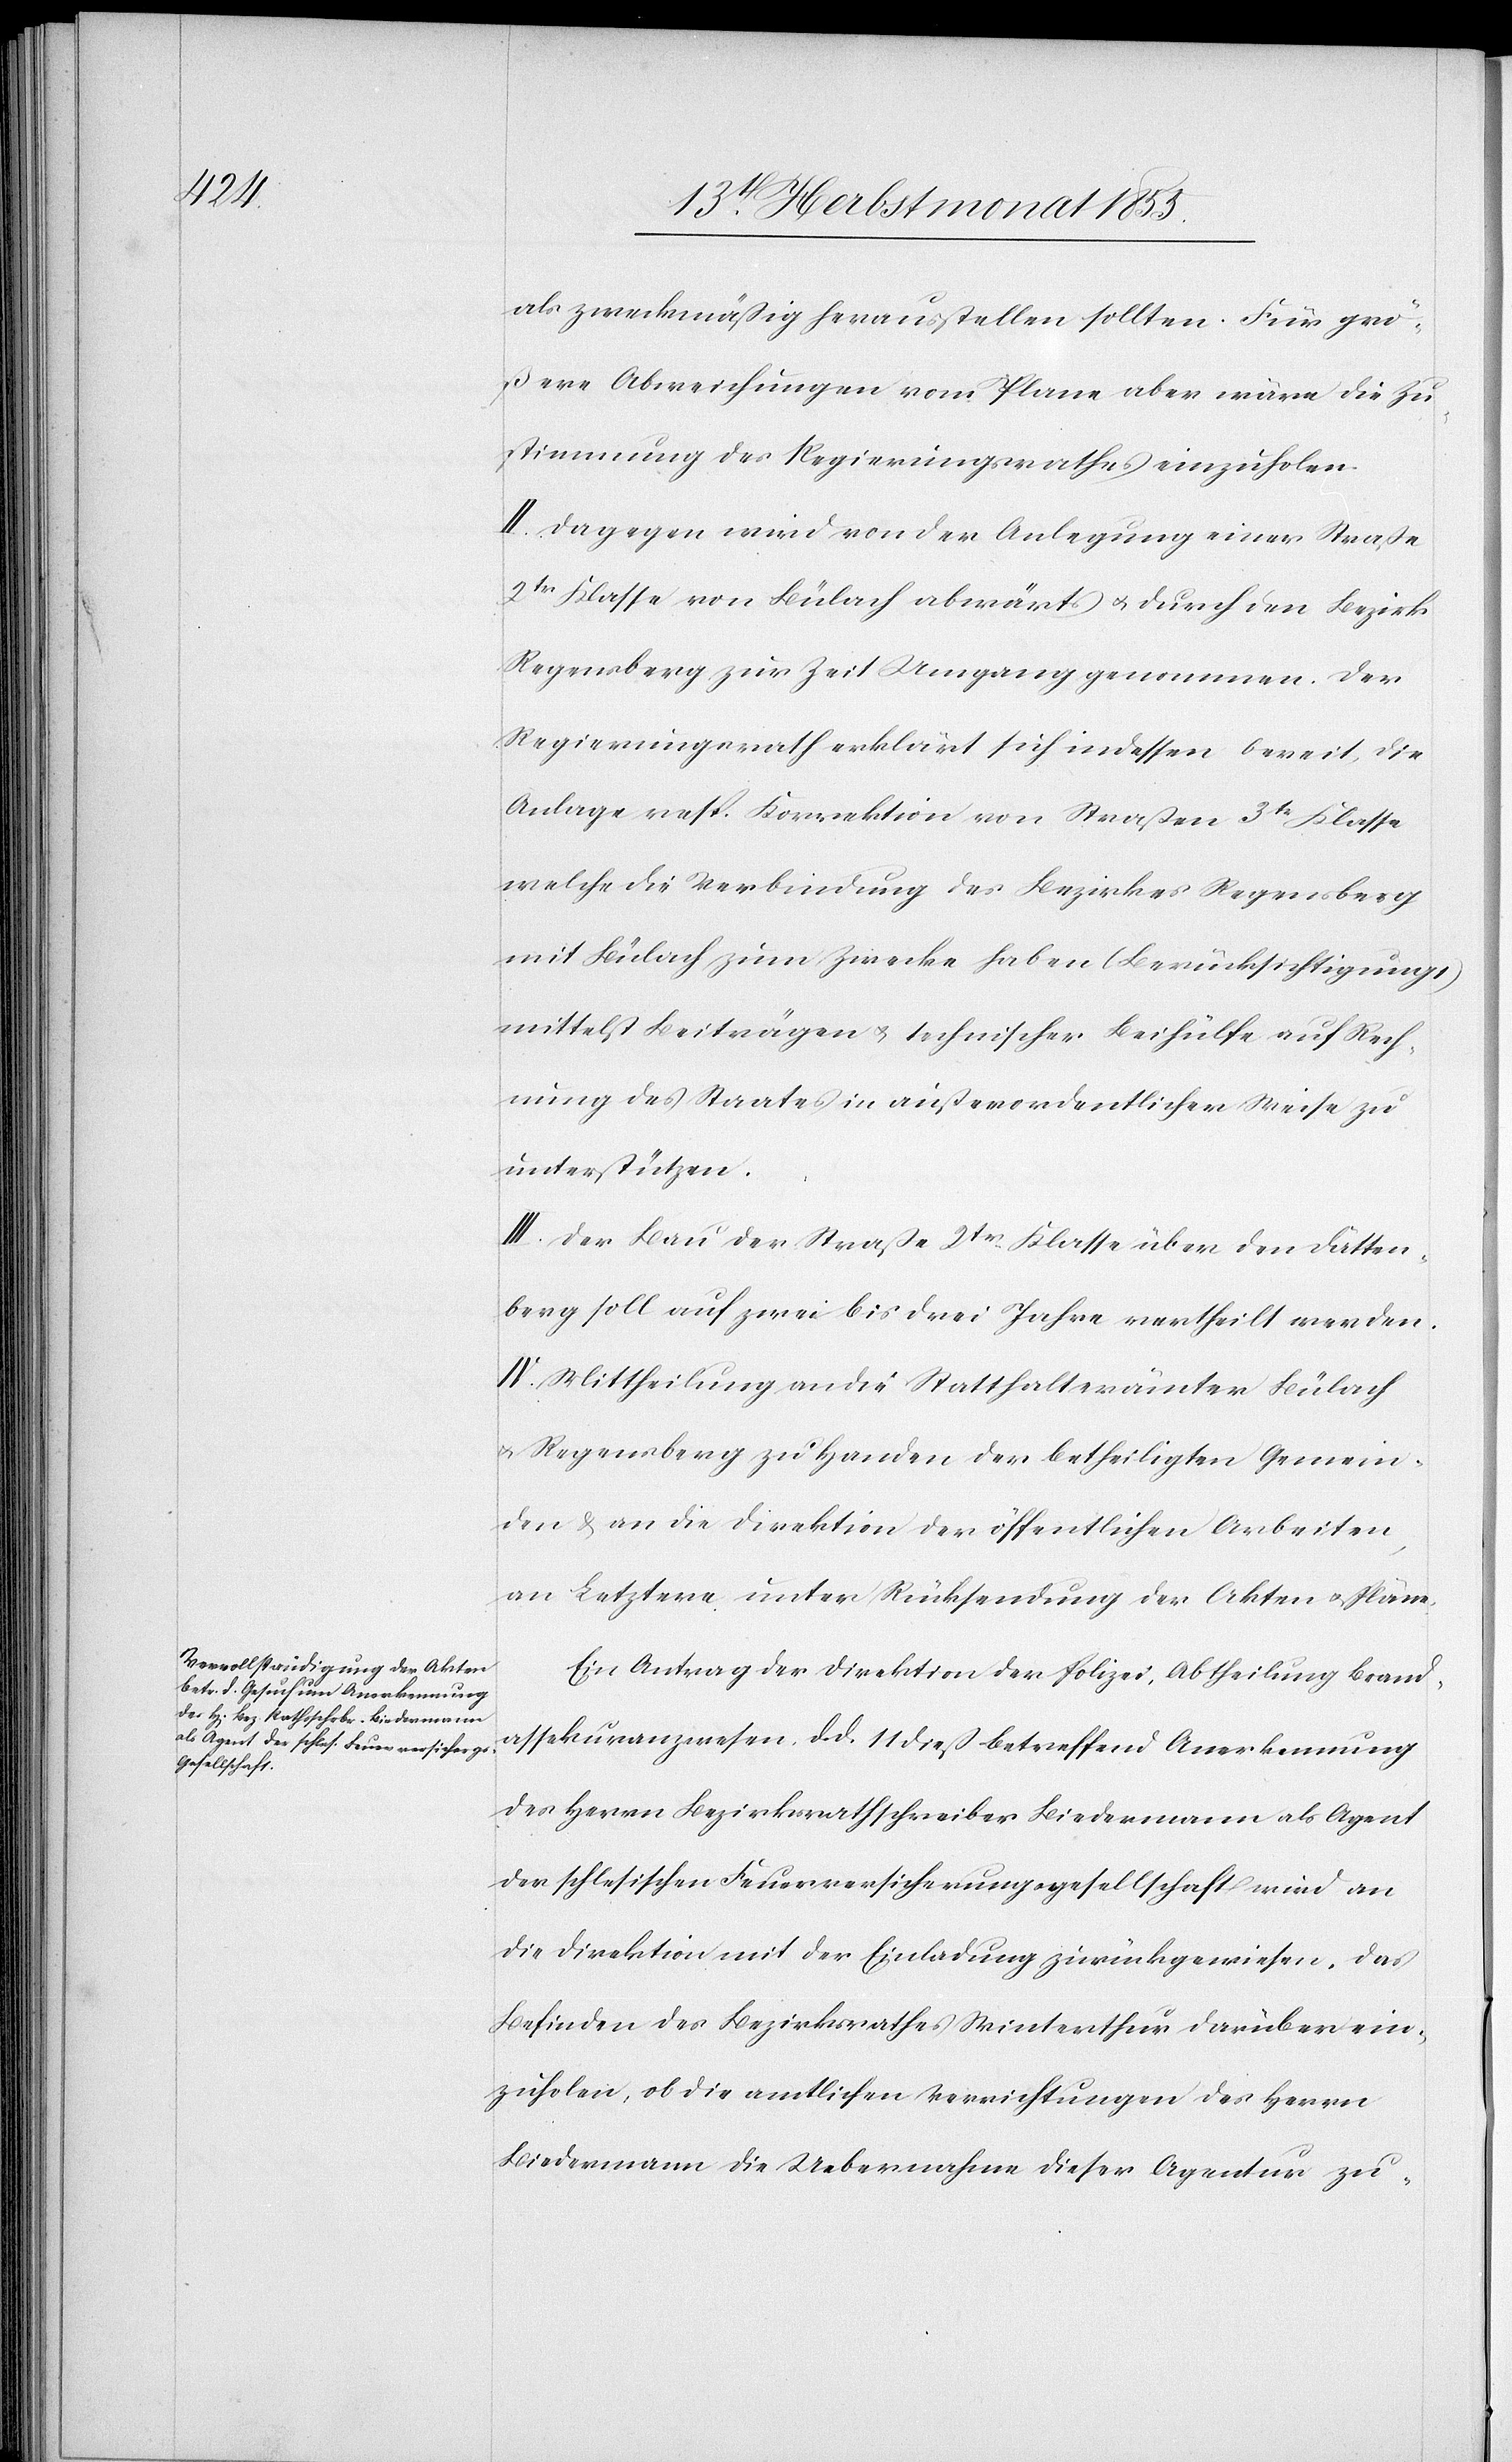
als zweckmäßig herausstellen sollten. Für grö¬
ßere Abweichungen vom Plane aber wäre die Zu¬
stimmung des Regierungsrathes einzuholen.
II. Dagegen wird von der Anlegung einer Straße
2tr Klasse von Bülach abwärts & durch den Bezirk
Regensberg zur Zeit Umgang genommen. Der
Regierungsrath erklärt sich indessen bereit, die
Anlage resp. Korrektion von Straßen 3tr Klasse
welche die Verbindung des Bezirkes Regensberg
mit Bülach zum Zwecke haben (Berücksichtigung
mittelst Beiträgen & technischer Beihülfe auf Rech¬
nung des Staates in außerordentlicher Weise zu
unterstützen.
III. Der Bau der Straße 2tr. Klasse über den Dätten¬
berg soll auf zwei bis drei Jahre vertheilt werden.
IV. Mittheilung an die Statthalterämter Bülach
& Regensberg zu Handen der betheiligten Gemein¬
den & an die Direktion der öffentlichen Arbeiten,
an Letztere unter Rücksendung der Akten & Pläne.
Ein Antrag der Direktion der Polizei, Abtheilung Brand¬
assekuranzwesen, d. d. 11 dieß betreffend Anerkennung
des Herrn Bezirksrathschreiber Biedermann als Agent
der schlesischen Feuerversicherungsgesellschaft wird an
die Direktion mit der Einladung zurückgewiesen, das
Befinden des Bezirksrathes Winterthur darüber ein¬
zuholen, ob die amtlichen Verrichtungen des Herrn
Biedermann die Uebernahme dieser Agentur zu-